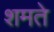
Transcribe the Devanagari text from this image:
शमते